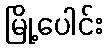
မြို့ပေါင်း